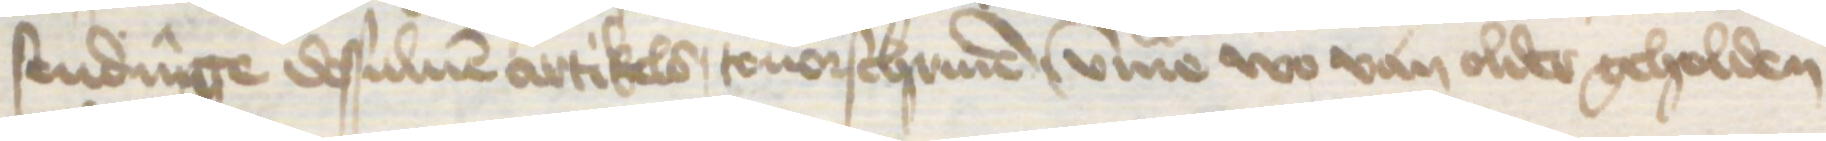
sendinge dessuluen artikels touorschriuen, umme wo van older geholden